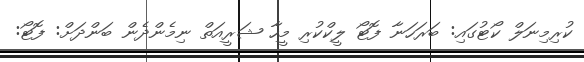
ކުރިމިނަލް ކޯޓުގައި: ބަރަހަނާ ފޮޓޯ ލީކްކުރި މީހާ ޝަރީއަތް ނިމެންދެން ބަންދަށް: ފޮޓޯ: